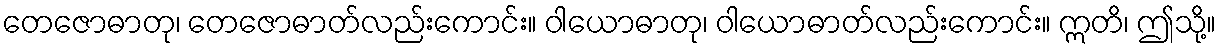
တေဇောဓာတု၊ တေဇောဓာတ်လည်းကောင်း။ ဝါယောဓာတု၊ ဝါယောဓာတ်လည်းကောင်း။ ဣတိ၊ ဤသို့။